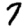
Digit: 7